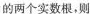
的最小值是_______。